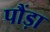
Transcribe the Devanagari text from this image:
पौंड़ा